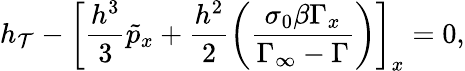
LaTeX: h_{\mathcal{T}}-\left[\frac{{h^{3}}}{{3}}\tilde{{p}}_{x}+\frac{{h^{2}}}{{2}}\left(\frac{{\sigma_{0}\beta\Gamma_{x}}}{{\Gamma_{\infty}-\Gamma}}\right)\right]_{x}=0,